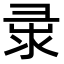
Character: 𢑘